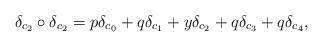
LaTeX: \begin{align*}&\delta_{c_2} \circ \delta_{c_2} = p \delta_{c_0} + q \delta_{c_1} + y \delta_{c_2} + q \delta_{c_3} + q \delta_{c_4},\end{align*}